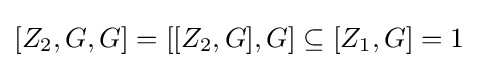
[Z_{2},G,G]=[[Z_{2},G],G]\subseteq [Z_{1},G]=1